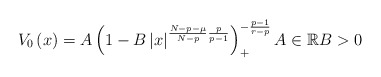
\begin{align*}V_{0}\left( x\right) =A\left( 1-B\left\vert x\right\vert ^{\frac{N-p-\mu}{N-p}\frac{p}{p-1}}\right) _{+}^{-\frac{p-1}{r-p}}A\in\mathbb{R}B>0\end{align*}